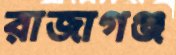
রাজাগঞ্জ